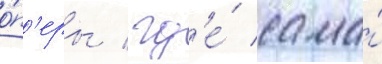
о́п'еры / гд'е́ сама́